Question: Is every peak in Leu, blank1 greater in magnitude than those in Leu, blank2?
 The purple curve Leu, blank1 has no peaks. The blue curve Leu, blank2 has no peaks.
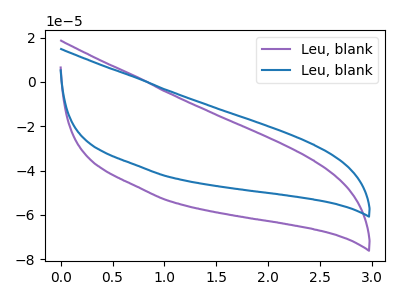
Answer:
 <answer>Niether CV has any peaks.</answer>
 <eval>blanks</eval>